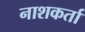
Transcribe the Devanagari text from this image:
नाशकर्ता